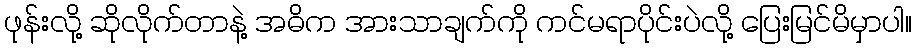
ဖုန်းလို့ ဆိုလိုက်တာနဲ့ အဓိက အားသာချက်ကို ကင်မရာပိုင်းပဲလို့ ပြေးမြင်မိမှာပါ။